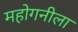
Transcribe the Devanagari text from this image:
महोगनीला